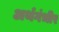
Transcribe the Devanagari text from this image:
अर्थगंभीर